Vital statistics of India. Vol. VI, European troops 1870-79
Year: 1870
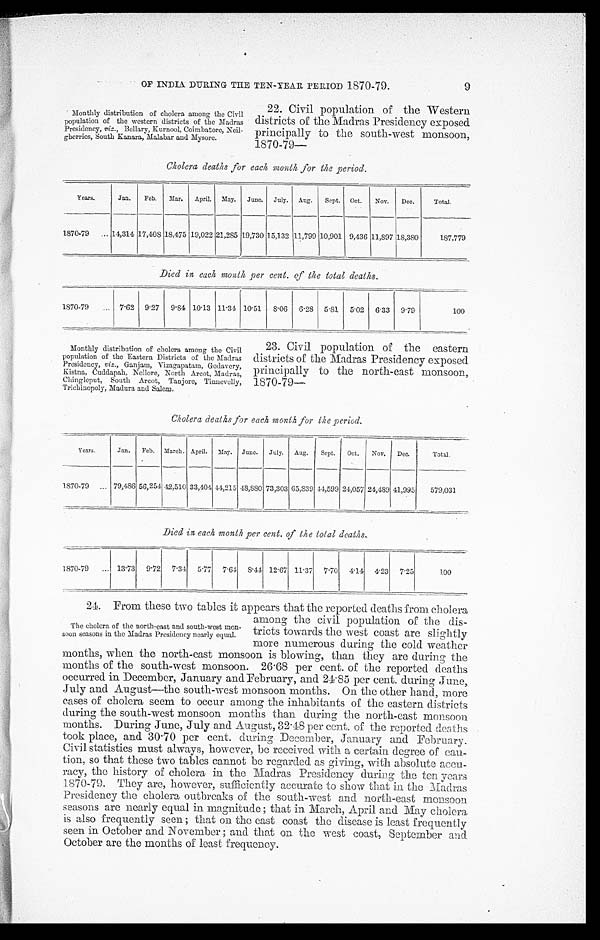
OF INDIA DURING THE TEN-YEAR PERIOD 1870-79.
9
Monthly distribution of cholera among the Civil
population of the western districts of the Madras
Presidency, viz., Bellary, Kurnool, Coimbatore,Neil-
gherries, South Kanara, Malabar and Mysore.
22. Civil population of the Western
districts of the Madras Presidency exposed
principally to the south-west monsoon,
1870-79—
Cholera deaths for each month for the period.
Years.
Jan.
Feb.
Mar.
April.
May.
June.
July.
Aug.
Sept.
Oct.
Nov.
Dec.
Total.
1870-79
14,314 17,408 18,475 19,022 21,285 19,730 15,132 11,790 10,901 9,436 11,897 18,380
187,779
Died in each month per cent. of the total deaths.
1870-79
7.62 9.27
9.84 10.13 11.31 10.51 8.06
6 . 2 8
5 . 8 1 5.02 6.33 9.79
100
Monthly distribution of cholera among the Civil
population of the Eastern Districts of the Madras
Presidency, viz., Ganjam,Vizagapatam,Godavery,
Kistna, Cuddapah. Nellore, North Arcot, Madras,
Cliingleput, South Arcot, Tanjore, Tinnevelly,
Trichinopoly, Madura and Salem.
23. Civil population of the eastern
districts of the Madras Presidency exposed
principally to the north-east monsoon,
1870-79—
Cholera deaths for each month for the period.
Years.
Jan.
Feb.
March. April.
May.
June.
July.
Aug.
Sept.
Oct.
Nov,
Dec,
Total.
1870-79
79,486 56,254 42,510 33,404 44,215 48,880 73,303 65,839 44,599 24,057 21,489 41,995
579,031
Died in each month per cent. of the total deaths.
1870-79
13.73
9.72
7.34
5.77
7.64
8 . 4 4 12 . 67 11.37 7.70 4.14
4 . 2 3 7.25
100
24. From these two tables it appears that the reported deaths from cholera
The cholera of the north-east and south-west mon-
soon seasons in the Madras Presidency nearly equal.
among the civil population of the dis-
tricts towards the west coast are slightly
more numerous during the cold weather
months, when the north-east monsoon is blowing, than they are during the
months of the south-west monsoon. 26 . 68 per cent. of the reported deaths
occurred in December, January and February, and 24 . 85 per cent. during June,
July and August—the south-west monsoon months. On the other hand, more
cases of cholera seem to occur among the inhabitants of the eastern districts
during the south-west monsoon months than during the north-east monsoon
months. During June, July and August, 32.48 per cent. of the reported deaths
took place, and 30.70 per cent. during December, January and February.
Civil statistics must always, however, be received with a certain degree of cau-
tion, so that these two tables cannot be regarded as giving, with absolute accu-
racy, the history of cholera in the Madras Presidency during the ten years
1870-79. They are, however, sufficiently accurate to show that in the Madras
Presidency the cholera outbreaks of the south-west and north-east moonsoon
seasons are nearly equal in magnitude ; that in March, April and May cholera
is also frequently seen ; that on the east coast the disease is least frequently
seen in October and November ; and that on the west coast, September and
October are the months of least frequency.